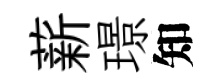
薪璟知